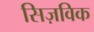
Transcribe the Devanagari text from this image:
सिज़विक